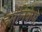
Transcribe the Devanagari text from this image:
हर्मेनिकेस